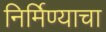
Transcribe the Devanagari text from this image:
निर्मिण्याचा